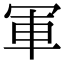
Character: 軍